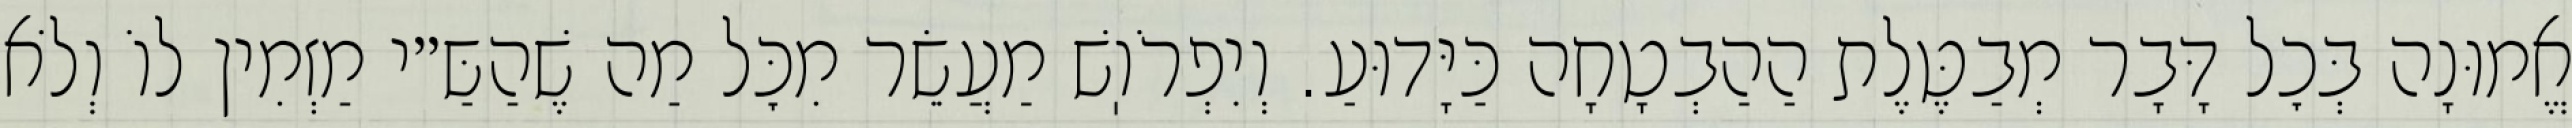
אֱמוּנָה בְּכׇל דָּבָר מְבַטֶּלֶת הַהַבְטָחָה כַּיָּדוּעַ. וְיִפְרֹוֽשׁ מַעֲשֵׂר מִכׇּל מַה שֶׁהַשַּ״י מַזְמִין לוֹ וְלֹא